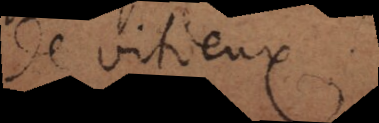
de vitieux